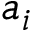
a _ { i }